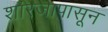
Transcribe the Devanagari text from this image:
शारजापासून